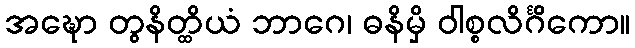
အဍ္ဎော တွနိတ္ထိယံ ဘာဂေ၊ ဓနိမှိ ဝါစ္စလိင်္ဂိကော။